Anatomy and histology of ticks - Number 23
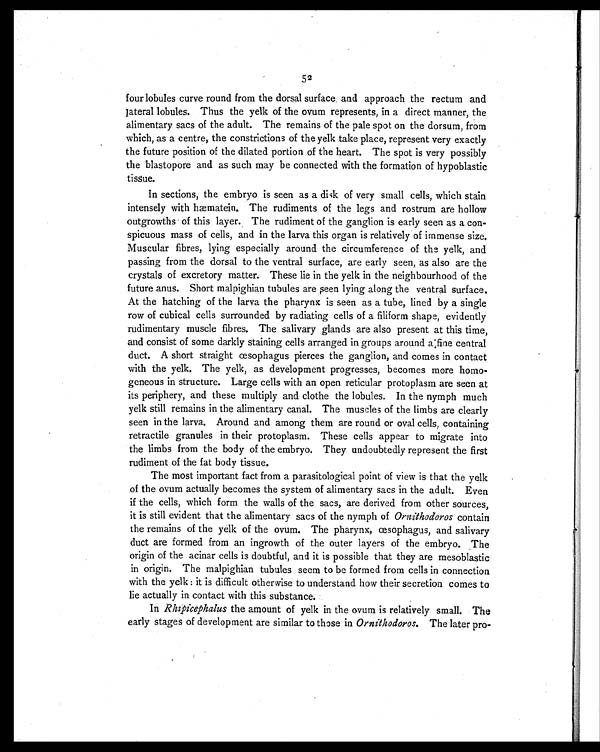
52
four lobules curve round from the dorsal surface and approach the rectum and
lateral lobules. Thus the yelk of the ovum represents, in a direct manner, the
alimentary sacs of the adult. The remains of the pale spot on the dorsum, from
which, as a centre, the constrictions of the yelk take place, represent very exactly
the future position of the dilated portion of the heart. The spot is very possibly
the blastopore and as such may be connected with the formation of hypoblastic
tissue.
In sections, the embryo is seen as a disk of very small cells, which stain
intensely with hæmatein. The rudiments of the legs and rostrum are hollow
outgrowths of this layer. The rudiment of the ganglion is early seen as a con-
spicuous mass of cells, and in the larva this organ is relatively of immense size.
Muscular fibres, lying especially around the circumference of the yelk, and
passing from the dorsal to the ventral surface, are early seen, as also are the
crystals of excretory matter. These lie in the yelk in the neighbourhood of the
future anus. Short malpighian tubules are seen lying along the ventral surface.
At the hatching of the larva the pharynx is seen as a tube, lined by a single
row of cubical cells surrounded by radiating cells of a filiform shape, evidently
rudimentary muscle fibres. The salivary glands are also present at this time,
and consist of some darkly staining cells arranged in groups around a fine central
duct. A short straight œsophagus pierces the ganglion, and comes in contact
with the yelk. The yelk, as development progresses, becomes more homo-
geneous in structure. Large cells with an open reticular protoplasm are seen at
its periphery, and these multiply and clothe the lobules. In the nymph much
yelk still remains in the alimentary canal. The muscles of the limbs are clearly
seen in the larva. Around and among them are round or oval cells, containing
retractile granules in their protoplasm. These cells appear to migrate into
the limbs from the body of the embryo. They undoubtedly represent the first
rudiment of the fat body tissue.
The most important fact from a parasitological point of view is that the yelk
of the ovum actually becomes the system of alimentary sacs in the adult. Even
if the cells, which form the walls of the sacs, are derived from other sources,
it is still evident that the alimentary sacs of the nymph of Ornithodoros contain
the remains of the yelk of the ovum. The pharynx, œsophagus, and salivary
duct are formed from an ingrowth of the outer layers of the embryo. The
origin of the acinar cells is doubtful, and it is possible that they are mesoblastic
in origin. The malpighian tubules seem to be formed from cells in connection
with the yelk : it is difficult otherwise to understand how their secretion comes to
lie actually in contact with this substance.
In Rhipicephalus the amount of yelk in the ovum is relatively small. The
early stages of development are similar to those in Ornithodoros. The later pro-